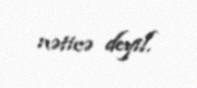
nəticə deyil.